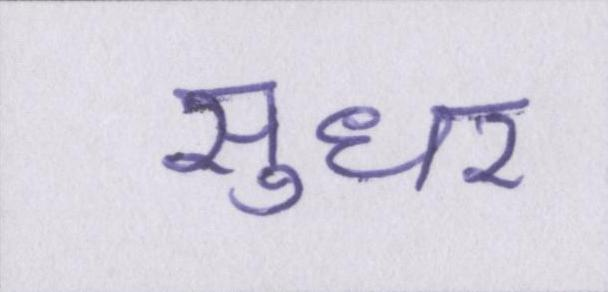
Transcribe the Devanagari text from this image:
सुधर